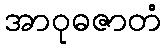
အာဝုဓဇာတံ